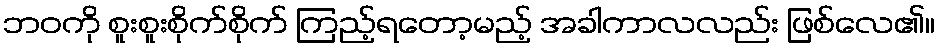
ဘဝကို စူးစူးစိုက်စိုက် ကြည့်ရတော့မည့် အခါကာလလည်း ဖြစ်လေ၏။